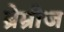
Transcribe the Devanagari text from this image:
ब्रेम्रीज